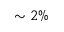
\sim 2 \%